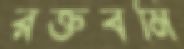
রক্তবমি